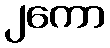
၂ကော